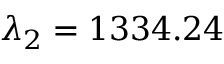
\lambda _ { 2 } = 1 3 3 4 . 2 4